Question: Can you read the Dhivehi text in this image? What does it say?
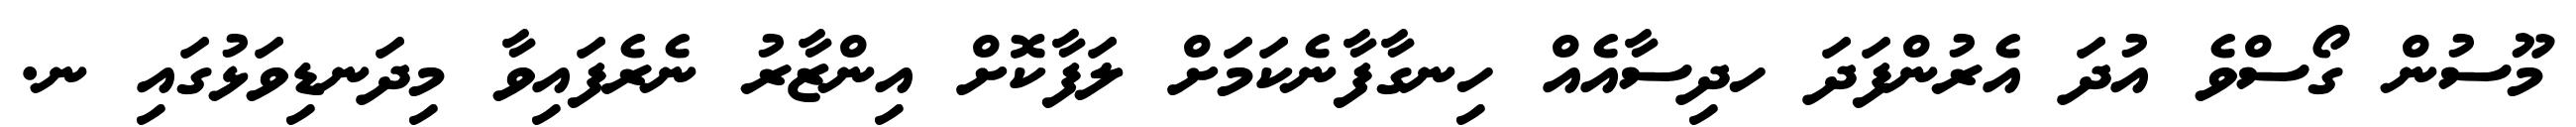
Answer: މޫސުން ގޯސްވެ އުދަ އެރުންފަދަ ހދިސާއެއް ހިނގާފާނެކަމަށް ލަފާކޮށް އިންޒާރު ނެރެފައިވާ މިދަނޑިވަޅުގައި ނ.